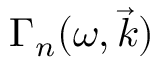
\Gamma _ { n } ( \omega , \vec { k } )